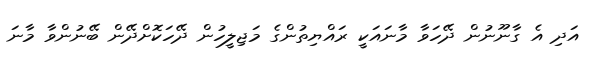
އަދި އެ ގާނޫނުން ދޭހަވާ މާނައަކީ ރައްޔިތުންގެ މަޖިލީހުން ދޭހަކޮށްދޭން ބޭނުންވާ މާނަ